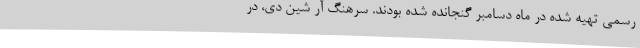
رسمی تهیه شده در ماه دسامبر گنجانده شده بودند. سرهنگ آر شین دی، در